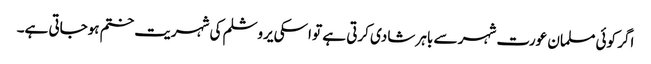
اگر کوئی مسلمان عورت شہر سے باہر شادی کرتی ہے تو اسکی یروشلم کی شہریت ختم ہوجاتی ہے۔